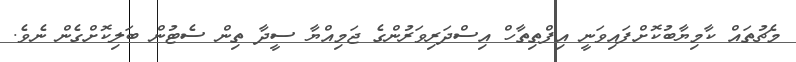
މެޗުތައް ކާމިޔާބުކޮށްފައިވަނީ އިފްތިތާހް އިސްދަރިވަރުންގެ ޖަމިއްޔާ ސީދާ ތިން ސެޓުން ބަލިކޮށްގެން ނެވެ.